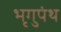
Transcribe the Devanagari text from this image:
भृगुपंथ